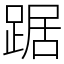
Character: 踞